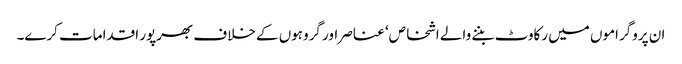
ان پروگراموں میں رکاوٹ بننے والے اشخاص‘ عناصر اور گروہوں کے خلاف بھرپور اقدامات کرے۔